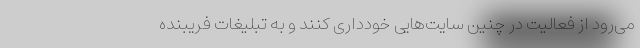
می‌رود از فعالیت در چنین سایت‌هایی خودداری کنند و به تبلیغات فریبنده